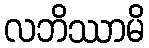
လဘိဿာမိ